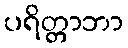
ပရိတ္တာဘာ